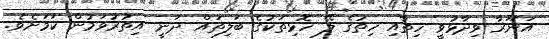
އަނޫރާ ވިދާޅުވީ ހިތާއި ހިތުގެ ލޭ ހޮޅިތަކުގެ ބަލިތައް ދަނީ އިތުރުވަމުން ކަމަށެވެ.